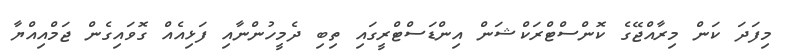
މިފަދަ ކަން މިރާއްޖޭގެ ކޮންސްޓްރަކްޝަން އިންޑަސްޓްރީގައި ތިބި ދެމީހުންނާއި ފަޅިއެއް ގޮވައިގެން ޖަމްއިއްޔާ